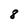
Character: 8